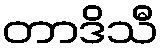
တာဒိသီ